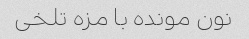
نون مونده با مزه تلخی